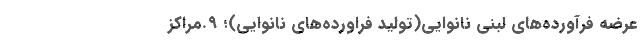
عرضه فرآورده‌هاي لبنی نانوایی(تولید فراورده‌هاي نانوایی)؛ ۹.مراکز